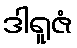
ဒါရူဇံ